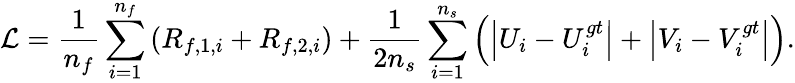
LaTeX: \mathcal{L}=\frac{1}{n_{f}}\sum_{i=1}^{n_{f}}\left(R_{f,1,i}+R_{f,2,i}\right)+\frac{1}{2n_{s}}\sum_{i=1}^{n_{s}}\left(\left|U_{i}-U_{i}^{gt}\right|+\left|V_{i}-V_{i}^{gt}\right|\right).